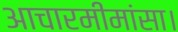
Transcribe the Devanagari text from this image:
आचारमीमांसा।